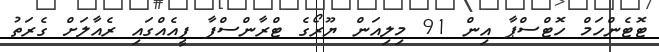
ޓޮޓެންހަމް ހޮޓްސްޕާ އިން 91 މިލިއަން ޔޫރޯގެ ޓްރާންސްފާ ފީއެއްގައި ރެއާލަށް ގެރަތު